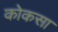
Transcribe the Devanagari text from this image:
कोकसा